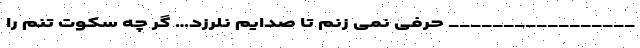
_________________ حرفی نمی زنم تا صدایم نلرزد… گر چه سکوت تنم را